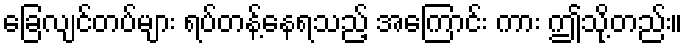
ခြေလျင်တပ်များ ရပ်တန့်နေရသည့် အကြောင်း ကား ဤသို့တည်း။